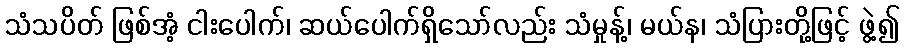
သံသပိတ် ဖြစ်အံ့ ငါးပေါက်၊ ဆယ်ပေါက်ရှိသော်လည်း သံမှုန့်၊ မယ်န၊ သံပြားတို့ဖြင့် ဖွဲ့၍